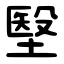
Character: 㙠